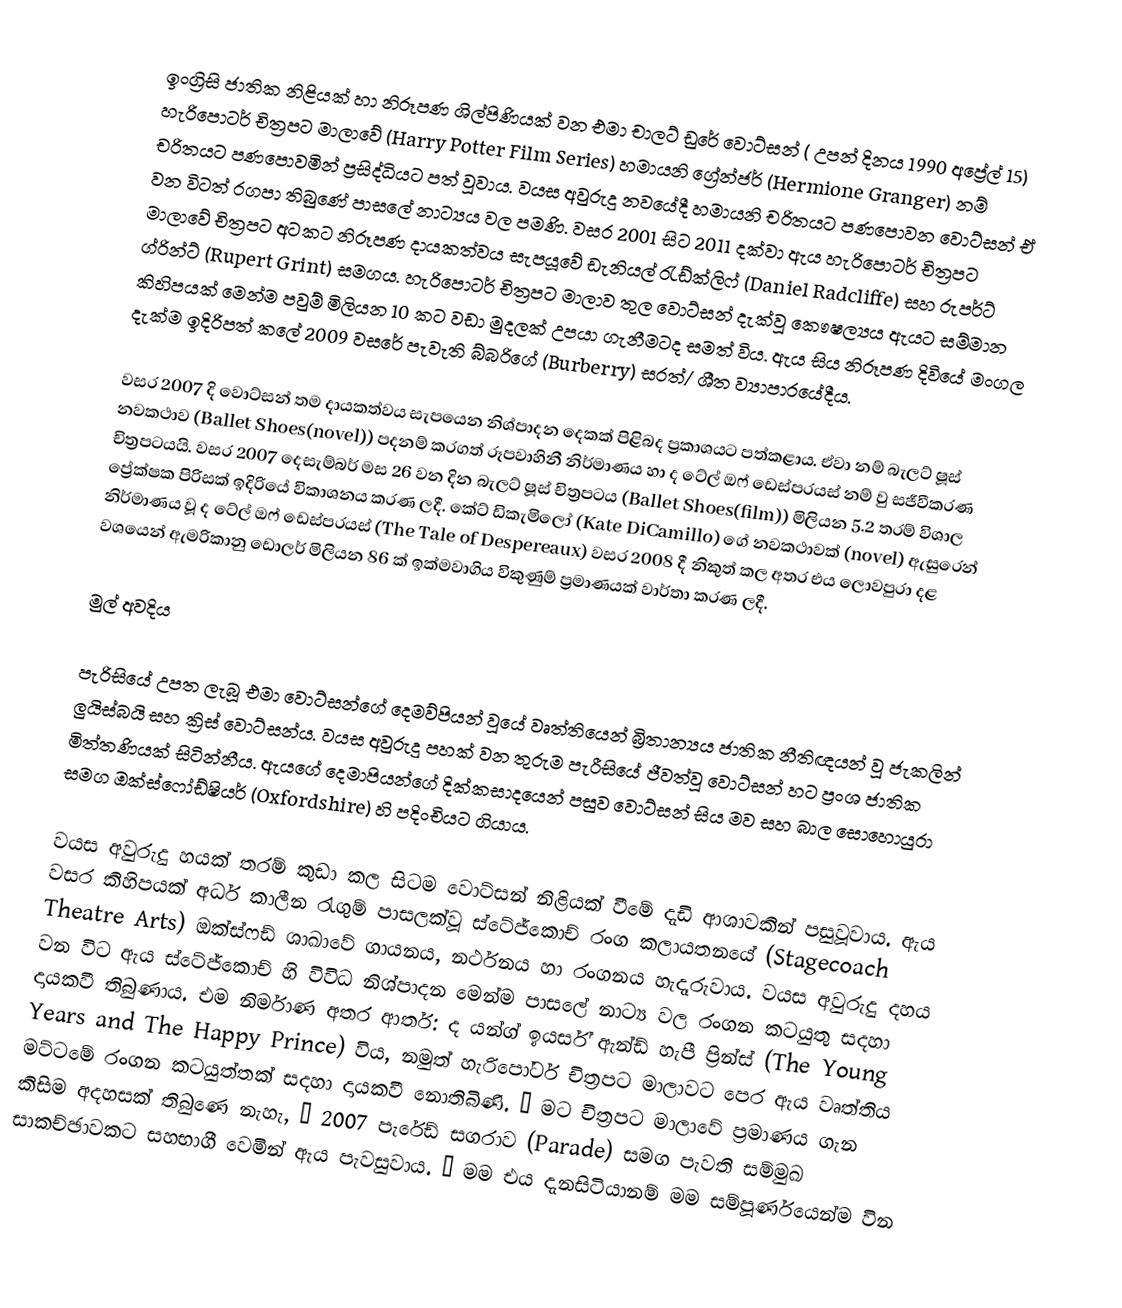
ඉංග්‍රිසි ජාතික නිළියක් හා නිරූපණ ශිල්පිණියක් වන එමා චාලට් ඩුරේ වොට්සන් ( උපන් දිනය 1990 අ‍ප්‍රේල් 15) හැරිපොටර් චිත්‍රපට මාලාවේ (Harry Potter Film Series)   හමායනි ග්‍රේන්ජර් (Hermione Granger) නම් චරිතයට පණපොවමින් ප්‍රසිද්ධියට පත් වූවාය. වයස අවුරුදු නවයේදී හමායනි චරිතයට පණපොවන වොට්සන් ඒ වන විටත් රගපා තිබුණේ පාසලේ නාට්‍යය වල පමණි. වසර 2001 සිට 2011 දක්වා ඇය හැරිපොටර් චිත්‍රපට මාලාවේ චිත්‍රපට අටකට නිරූපණ දායකත්වය සැපයූවේ ඩැනියල් රැඩ්ක්ලිෆ් (Daniel Radcliffe) සහ රුපර්ට් ග්රින්ට් (Rupert Grint) සමගය. හැරිපොටර් චිත්‍රපට මාලාව තුල වොට්සන් දැක්වූ කෞෂල්‍යය ඇයට සම්මාන කිහිපයක් මෙන්ම පවුම් මිලියන 10 කට වඩා මුදලක් උපයා ගැනීමටද සමත් විය. ඇය සිය නිරූපණ දිවියේ මංගල දැක්ම ඉදිරිපත් කලේ 2009 වසරේ පැවැති බ්බරිගේ (Burberry) සරත්/ ශීත ව්‍යාපාරයේදීය.

වසර 2007 දි වොට්සන් තම දායකත්වය සැපයෙන නිශ්පාදන දෙකක් පිළිබද ප්‍රකාශයට පත්කළාය. ඒවා නම් බැලට් ෂූස් නවකථාව (Ballet Shoes(novel))   පදනම් කරගත් රූපවාහිනී නිර්මාණය හා ද ටේල් ඔෆ් ඩෙස්පරයස් නම් වු සජීවීකරණ චිත්‍රපටයයි. වසර 2007 දෙසැම්බර් මස 26 වන දින බැලට් ෂූස් චිත්‍රපටය (Ballet Shoes(film))  මිලියන 5.2 තරම් විශාල ප්‍රේක්ෂක පිරිසක් ඉදිරියේ විකාශනය කරණ ලදී. කේට් ඩිකැමිලෝ (Kate DiCamillo) ගේ නවකථාවක් (novel) ඇසුරෙන් නිර්මාණය වූ ද ටේල් ඔෆ් ඩෙස්පරයස් (The Tale of Despereaux) වසර 2008 දී නිකුත් කල අතර එය ලොවපුරා දළ වශයෙන් ඇමරිකානු ඩොලර් මිලියන 86 ක් ඉක්මවාගිය විකුණුම් ප්‍රමාණයක් වාර්තා කරණ ලදී.

මුල් අවදිය

පැරිසියේ උපත ලැබූ එමා වොට්සන්ගේ දෙමව්පියන් වූයේ වෘත්ති‍යෙන් බ්‍රිතාන්‍යය ජාතික නීතිඥයන් වූ ජැකලින් ලුයිස්බයි සහ ක්‍රිස් වොට්සන්ය. වයස අවුරුදු පහක් වන තුරුම පැරීසියේ ජීවත්වූ වොට්සන් හට ප්‍රංශ ජාතික මිත්තණියක් සිටින්නීය. ඇයගේ දෙමාපියන්ගේ දික්කසාදයෙන් පසුව වොට්සන් සිය මව සහ බාල සොහොයුරා සමග ඔක්ස්ෆෝඩ්ෂියර් (Oxfordshire) හි පදිංචියට ගියාය.

වයස අවුරුදු හයක් තරම් කුඩා කල සිටම වොට්සන් නිළියක් වී‍මේ දැඩි ආශාවකින් පසුවූවාය. ඇය වසර කිහිපයක් අර්ධ කාලීන රැගුම් පාසලක්වූ ස්ටේජ්කොච් රංග කලායතනයේ (Stagecoach Theatre Arts) ඔක්ස්ෆඩ් ශාඛාවේ ගායනය, නර්ථනය හා රංගනය හැදෑරුවාය. වයස අවුරුදු දහය වන විට ඇය ස්ටේජ්කොච් හි විවිධ නිශ්පාදන මෙන්ම පාසලේ නාට්‍ය වල රංගන කටයුතු සදහා දායකවී තිබුණාය. එම නිර්මාණ අතර ආතර්:  ද යන්ග් ඉයර්ස් ඇන්ඩ් හැපී ප්‍රින්ස් (The Young Years and The Happy Prince) විය, නමුත් හැරිපෝටර් චිත්‍රපට මාලාවට පෙර ඇය වෘත්තිය මට්ටමේ රංගන කටයුත්තක් සදහා දායකවී නොතිබිණි. “ මට චිත්‍රපට මාලාවේ ප්‍රමාණය ගැන කිසිම අදහසක් තිබුණෙ නැහැ, “ 2007 පැරේඩ්  සගරාව (Parade) සමග පැවති සම්මුඛ සාකච්ඡාවකට සහභාගී වෙමින් ඇය පැවසුවාය. “ මම එය දැනසිටියානම් මම සම්පූර්ණයෙන්ම වින